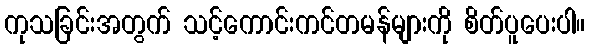
ကုသခြင်းအတွက် သင့်ကောင်းကင်တမန်များကို စိတ်ပူပေးပါ။